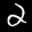
Label: 2